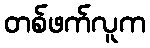
တစ်ဖက်လူက